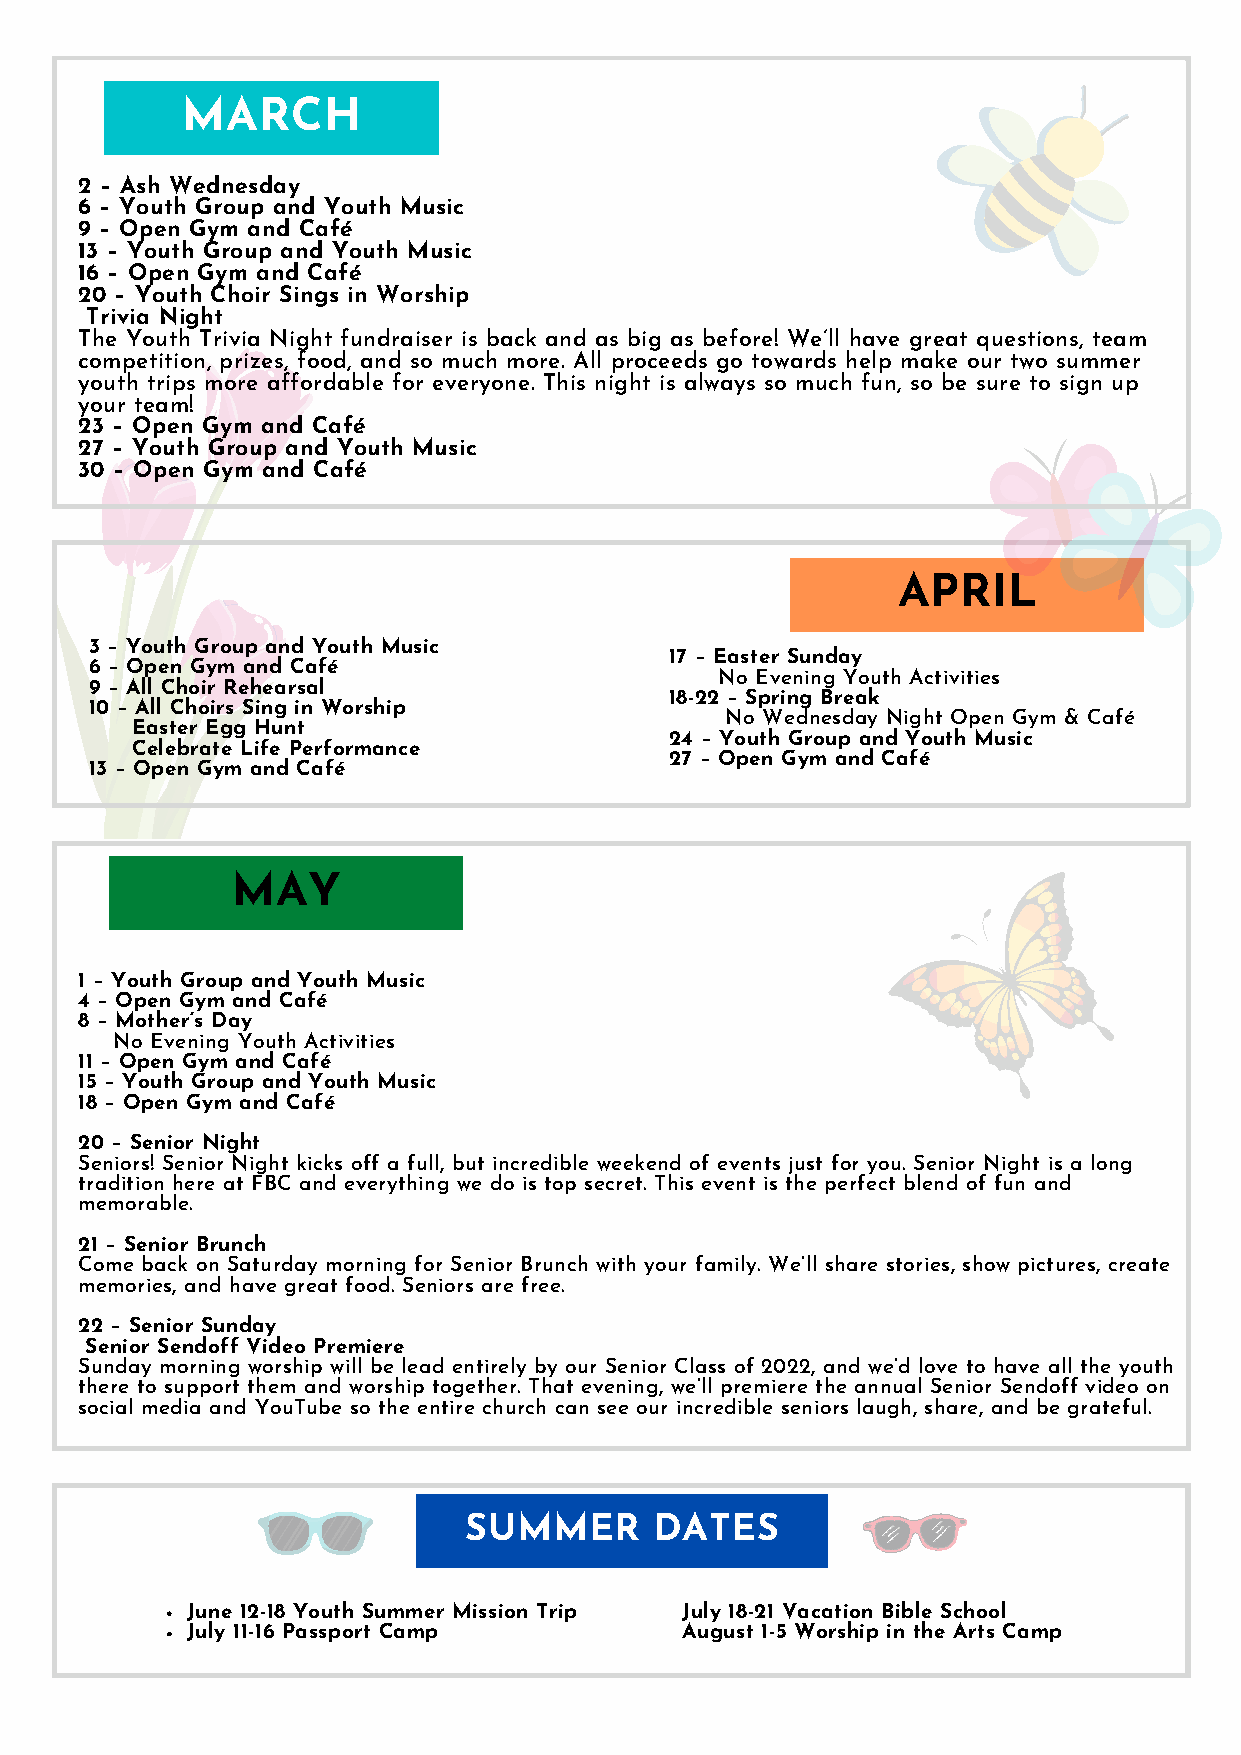
MARCH
 2 – Ash Wednesday
 6 – Youth Group and Youth Music
 9 – Open Gym and Café
 13 – Youth Group and Youth Music
 16 – Open Gym and Café
 20 – Youth Choir Sings in Worship
 Trivia Night
 The Youth Trivia Night fundraiser is back and as big as before! We’ll have great questions, team
 competition, prizes, food, and so much more. All proceeds go towards help make our two summer
 youth trips more affordable for everyone. This night is always so much fun, so be sure to sign up
 your team!
 23 – Open Gym and Café
 27 – Youth Group and Youth Music
 30 – Open Gym and Café
 APRIL
 3 – Youth Group and Youth Music
 17 – Easter Sunday
 6 – Open Gym and Café
 No Evening Youth Activities
 9 – All Choir Rehearsal
 18-22 – Spring Break
 10 – All Choirs Sing in Worship
 No Wednesday Night Open Gym & Café
 Easter Egg Hunt
 24 – Youth Group and Youth Music
 Celebrate Life Performance
 27 – Open Gym and Café
 13 – Open Gym and Café
 MAY
 1 – Youth Group and Youth Music
 4 – Open Gym and Café
 8 – Mother’s Day
 No Evening Youth Activities
 11 – Open Gym and Café
 15 – Youth Group and Youth Music
 18 – Open Gym and Café
 20 – Senior Night
 Seniors! Senior Night kicks off a full, but incredible weekend of events just for you. Senior Night is a long
 tradition here at FBC and everything we do is top secret. This event is the perfect blend of fun and
 memorable.
 21 – Senior Brunch
 Come back on Saturday morning for Senior Brunch with your family. We’ll share stories, show pictures, create
 memories, and have great food. Seniors are free.
 22 – Senior Sunday
 Senior Sendoff Video Premiere
 Sunday morning worship will be lead entirely by our Senior Class of 2022, and we’d love to have all the youth
 there to support them and worship together. That evening, we’ll premiere the annual Senior Sendoff video on
 social media and YouTube so the entire church can see our incredible seniors laugh, share, and be grateful.
 SUMMER      DATES
 June 12-18 Youth Summer Mission Trip July 18-21 Vacation Bible School
 July 11-16 Passport Camp         August 1-5 Worship in the Arts Camp